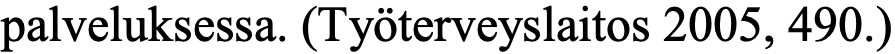
palveluksessa. (Työterveyslaitos 2005, 490.)